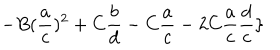
LaTeX: - B ( \frac { a } { c } ) ^ { 2 } + C \frac { b } { d } - C \frac { a } { c } - 2 C \frac { a } { c } \frac { d } { c } \}